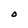
Character: O